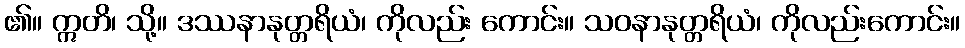
၏။ ဣတိ၊ သို့။ ဒဿနာနုတ္တရိယံ၊ ကိုလည်း ကောင်း။ သဝနာနုတ္တရိယံ၊ ကိုလည်းကောင်း။